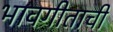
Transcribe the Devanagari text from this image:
भावगीताची